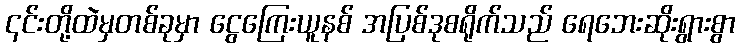
၎င်းတို့ထဲမှတစ်ခုမှာ ငွေကြေးယူနစ် အပြစ်ဒုစရိုက်သည် ရေဘေးဆိုးရွားစွာ